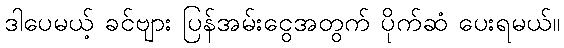
ဒါပေမယ့် ခင်ဗျား ပြန်အမ်းငွေအတွက် ပိုက်ဆံ ပေးရမယ်။